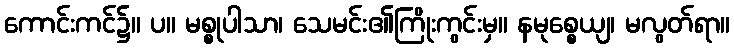
ကောင်းကင်၌။ ပ။ မစ္စုပါသာ၊ သေမင်း၏ကြိုးကွင်းမှ။ နမုစ္စေယျ၊ မလွတ်ရာ။